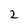
Character: 2